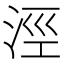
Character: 涇